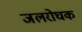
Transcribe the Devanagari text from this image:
जलरोघक